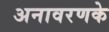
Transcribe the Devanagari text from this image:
अनावरणके